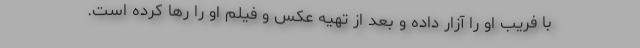
با فریب او را آزار داده و بعد از تهیه عکس و فیلم او را رها کرده است.